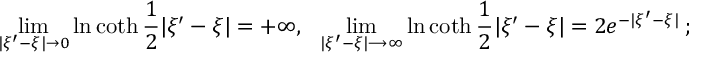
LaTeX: \operatorname * { l i m } _ { | \xi ^ { \prime } - \xi | \rightarrow 0 } \ln \coth \frac { 1 } { 2 } | \xi ^ { \prime } - \xi | = + \infty , \: \: \: \operatorname * { l i m } _ { | \xi ^ { \prime } - \xi | \longrightarrow \infty } \ln \coth \frac { 1 } { 2 } | \xi ^ { \prime } - \xi | = 2 e ^ { - | \xi ^ { \prime } - \xi | } \: ;